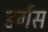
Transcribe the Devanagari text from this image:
डर्गस